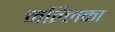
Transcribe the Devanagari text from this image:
मल्‍लिका